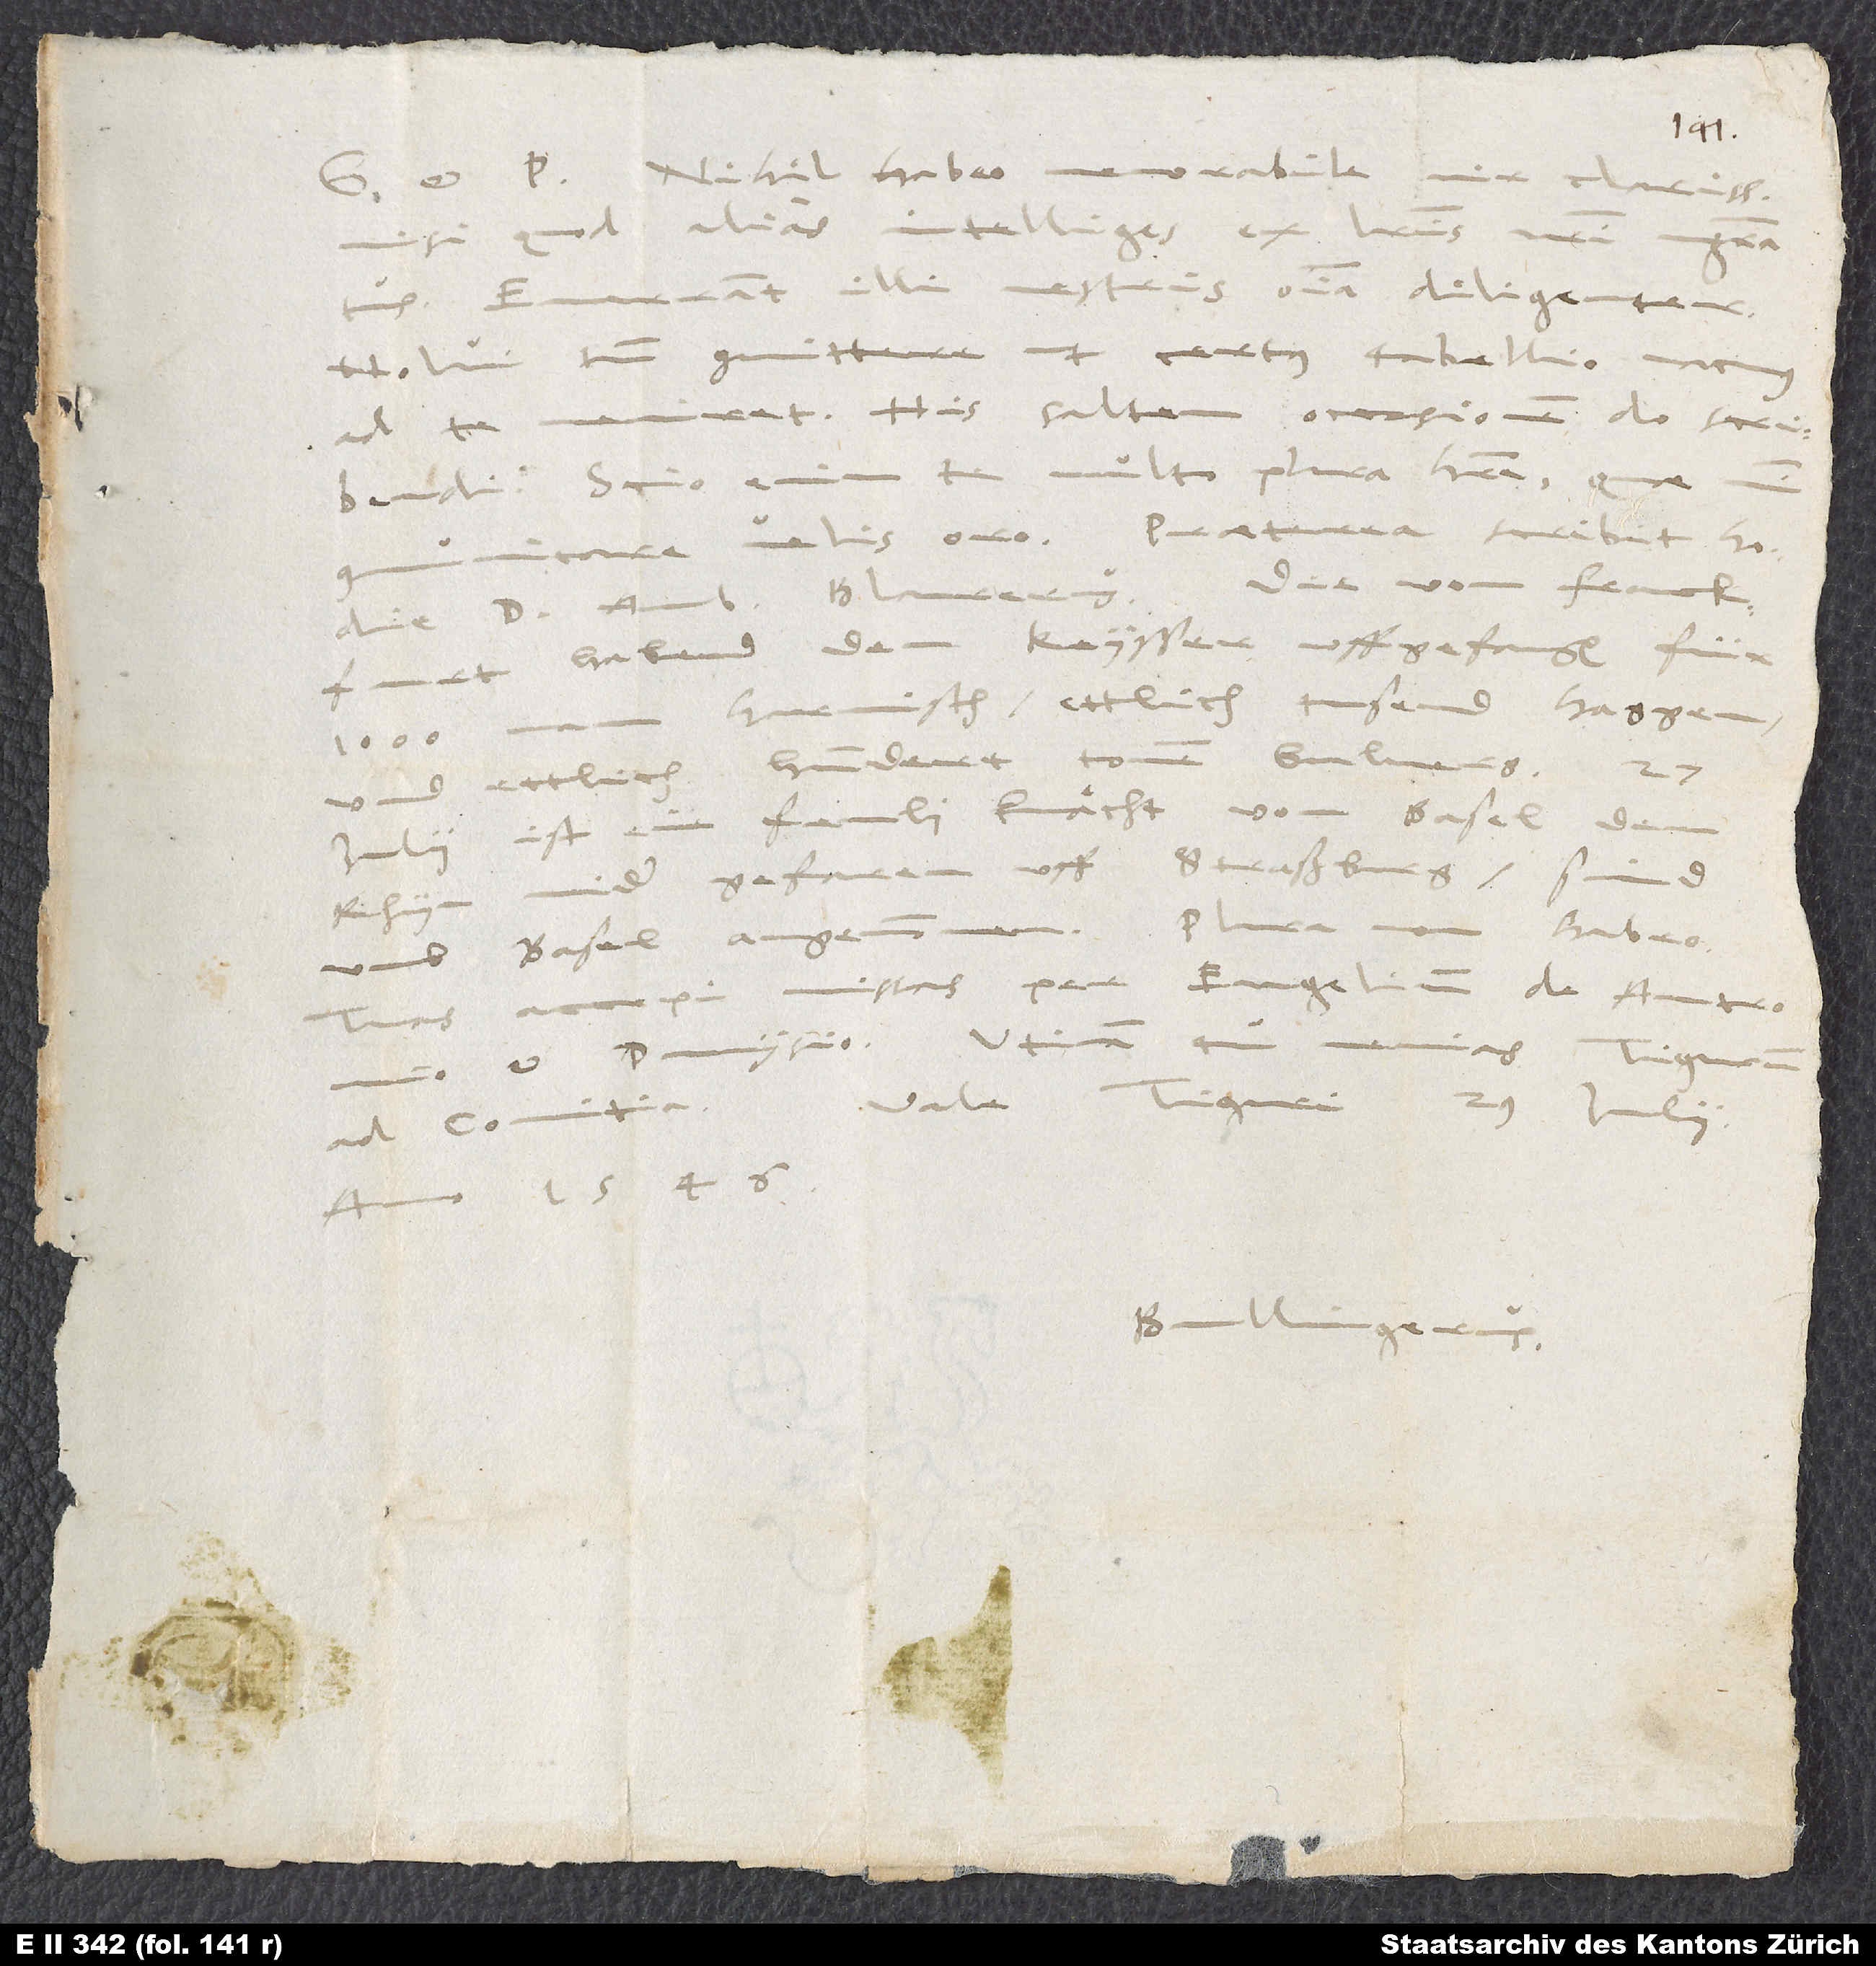
Nihil habeo memorabile, vir clarissime,
nisi quod alias intelliges ex literis nostri magistratus.
illi vestris omnia diligenter.
Nolui tamen committere, ut certus tabellio vacuus
veniret. His saltem occasionem do scribendi.
ad te
Scio enim, te multo plura habere - quae mihi
hodie d. Ambrosius Blaurerus: Die von Franckfurt
habend dem keysser uffgefangen für
harnisch, ettlich tusend haggen
und ettlich hundert
iulii ist ein fenli knaͤcht von Basel den
Rhyn nider gefaren uff Straßburg. Sind
Plura non
habeo.
umb Basel angenommen.
accepi missas per Engelinum de Antronio
Tuas
et Dumysio. Utinam tu venias Tigurum
Vale. Tiguri, 29. iulii
ad comitia!
anno 1546.
Bullingerus.